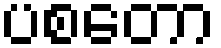
ပစတော